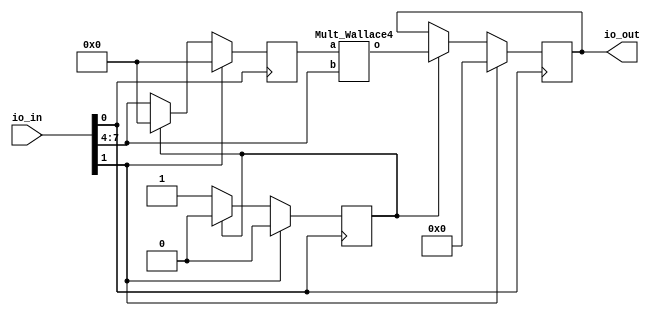
`default_nettype none

// Keep I/O fixed for TinyTapeout
module user_module_341244947682296404(
    input  wire [7:0] io_in,
    output wire [7:0] io_out
);
/*
 * Local signals
 */
    // Used as a clock.
    wire clk;

    // Used as a synchronous reset.
    wire rst;

    // Indicates that the first nibble is registered.
    reg int_nibble_stored;

    // The registered first nibble.
    reg [3:0] int_first_nibble;

    // The resistered output.
    reg [7:0] int_out;

    // The multiplied 8-bit output.
    wire [7:0] int_mult_result;
/*
 * Logic
 */
    // Using io_in[0] as clk.
    assign clk = io_in[0];

    // Using io_in[1] as rst.
    assign rst = io_in[1];

    // Assign the 
    assign io_out = int_out;

    always @(posedge clk) begin
        if (rst) begin
            int_nibble_stored <= 1'b0;
            int_first_nibble  <= 4'd0;
            int_out           <= 8'd0;
        end else begin
            // If we havent latched in the first nibble,
            // then do so first.
            if (!int_nibble_stored) begin
                int_first_nibble  <= io_in[7:4];
                int_nibble_stored <= 1'b1;
            end else begin
                // Register the multiplier result.
                int_out <= int_mult_result;

                // Reset the nibble registered flag.
                int_nibble_stored <= 1'b0;

                // Reset the nibble data.
                int_first_nibble <= 4'd0;
            end
        end
    end

/*
 * Instances
 */
    Mult_Wallace4 inst_mul (
        .a(int_first_nibble),
        .b(io_in[7:4]),
        .o(int_mult_result)
    );
endmodule

// Unsigned 4x4-bit multiplier with
// Wallace tree reduction. Generated
// with my own tool.
module Mult_Wallace4 # (
    parameter N = 4
)(
    input  wire [N-1:0] a,
    input  wire [N-1:0] b,
    output wire [2*N-1:0] o
);

    wire [N-1:0] ppts[N-1:0];

	assign ppts[0][0] = a[0] & b[0];
	assign ppts[0][1] = a[0] & b[1];
	assign ppts[0][2] = a[0] & b[2];
	assign ppts[0][3] = a[0] & b[3];
	assign ppts[1][0] = a[1] & b[0];
	assign ppts[1][1] = a[1] & b[1];
	assign ppts[1][2] = a[1] & b[2];
	assign ppts[1][3] = a[1] & b[3];
	assign ppts[2][0] = a[2] & b[0];
	assign ppts[2][1] = a[2] & b[1];
	assign ppts[2][2] = a[2] & b[2];
	assign ppts[2][3] = a[2] & b[3];
	assign ppts[3][0] = a[3] & b[0];
	assign ppts[3][1] = a[3] & b[1];
	assign ppts[3][2] = a[3] & b[2];
	assign ppts[3][3] = a[3] & b[3];

	wire [11:0] s;
	wire [11:0] cout;

	ha HA1 (.a(ppts[0][1]), .b(ppts[1][0]), .s(s[0]), .cout(cout[0]));
	fa FA2 (.a(ppts[0][2]), .b(ppts[1][1]), .cin(ppts[2][0]), .s(s[1]), .cout(cout[1]));
	fa FA3 (.a(ppts[0][3]), .b(ppts[1][2]), .cin(ppts[2][1]), .s(s[2]), .cout(cout[2]));
	ha HA4 (.a(ppts[1][3]), .b(ppts[2][2]), .s(s[3]), .cout(cout[3]));
	ha HA5 (.a(cout[0]), .b(s[1]), .s(s[4]), .cout(cout[4]));
	fa FA6 (.a(ppts[3][0]), .b(cout[1]), .cin(s[2]), .s(s[5]), .cout(cout[5]));
	fa FA7 (.a(ppts[3][1]), .b(cout[2]), .cin(s[3]), .s(s[6]), .cout(cout[6]));
	fa FA8 (.a(ppts[2][3]), .b(ppts[3][2]), .cin(cout[3]), .s(s[7]), .cout(cout[7]));
	ha HA9 (.a(cout[4]), .b(s[5]), .s(s[8]), .cout(cout[8]));
	fa FA10 (.a(cout[5]), .b(s[6]), .cin(cout[8]), .s(s[9]), .cout(cout[9]));
	fa FA11 (.a(cout[6]), .b(s[7]), .cin(cout[9]), .s(s[10]), .cout(cout[10]));
	fa FA12 (.a(ppts[3][3]), .b(cout[7]), .cin(cout[10]), .s(s[11]), .cout(cout[11]));

	assign o[7] = cout[11];
	assign o[6] = s[11];
	assign o[5] = s[10];
	assign o[4] = s[9];
	assign o[3] = s[8];
	assign o[2] = s[4];
	assign o[1] = s[0];
	assign o[0] = ppts[0][0];
endmodule

// Full adder
module fa (
    input  wire a,
    input  wire b,
    input  wire cin,
    output wire s,
    output wire cout
);

/*
 * Local signals
 */
    // wire int_a_xor_b;
    // wire int_a_and_b;
    // wire int_a_xor_b_and_cin;
/*
 * Logic
 */
 
    // Implement a full adder with individual gates.
    // assign int_a_xor_b         = a ^ b;
    // assign int_a_and_b         = a & b;
    // assign int_a_xor_b_and_cin = int_a_xor_b & cin;
    // assign s                   = int_a_xor_b ^ cin;
    // assign cout                = int_a_xor_b_and_cin | int_a_and_b;

    // Instantiate a full adder cell from the
    // standard cell library.
    // sky130_fd_sc_hd__fah inst_fa (
    //     .A   (a),
    //     .B   (b),
    //     .CI  (cin),
    //     .SUM (s),
    //     .COUT(cout)
    // );

    // Infer a full adder.
    assign {cout, s} = a + b + cin;
endmodule

// Half adder
module ha (
    input  wire a,
    input  wire b,
    output wire s,
    output wire cout
);

/*
 * Logic
 */

    // Implement a half adder with individual gates.
    // assign s    = a ^ b;
    // assign cout = a & b;

    // Instantiate a half adder cell from the
    // standard cell library.
    // sky130_fd_sc_hd__ha inst_ha (
    //     .A   (a),
    //     .B   (b),
    //     .SUM (s),
    //     .COUT(cout)
    // );

    // Infer a half adder.
    assign {cout, s} = a + b;
endmodule

// Carry save adder
module csa #(
    parameter NUM_BITS = 4
) (
    input  wire [NUM_BITS-1:0] a, // Input A
    input  wire [NUM_BITS-1:0] b, // Input B
    input  wire [NUM_BITS-1:0] c, // Input C
    output wire [NUM_BITS-1:0] p, // Output p (propagate)
    output wire [NUM_BITS-1:0] g  // Output g (generate)
);
    genvar i;

    generate
        for (i = 0; i < NUM_BITS; i = i + 1) begin
            fa fa_i (
                .a   (a[i]),
                .b   (b[i]),
                .cin (c[i]),
                .s   (p[i]),
                .cout(g[i])
            );
        end
    endgenerate
endmodule

// Ripple carry adder
module rca #(
    parameter NUM_BITS = 4
) (
    input  wire [NUM_BITS-1:0] a,
    input  wire [NUM_BITS-1:0] b,
    output wire [NUM_BITS-1:0] s,
    output wire                cout
);

/*
 * Local signals
 */
    // The carry out to carry in signals.
    wire [NUM_BITS:0] int_carry;

/*
 * Logic
 */
    genvar i;

    generate
        for (i = 0; i < NUM_BITS; i = i + 1) begin
            if (i == 0) begin
                // The first bits have no carry in,
                // so just generate a half adder.
                ha ha_0 (
                    .a   (a[i]),
                    .b   (b[i]),
                    .s   (s[i]),
                    .cout(int_carry[i])
                );
            end else begin
                fa fa_i (
                    .a   (a[i]),
                    .b   (b[i]),
                    .cin (int_carry[i-1]),
                    .s   (s[i]),
                    .cout(int_carry[i])
                );
            end
        end
    endgenerate

    assign cout = int_carry[NUM_BITS-1];
endmodule